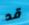
قد